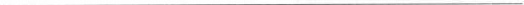
___